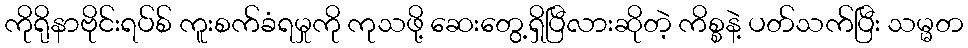
ကိုရိုနာဗိုင်းရပ်စ် ကူးစက်ခံရမှုကို ကုသဖို့ ဆေးတွေ့ရှိပြီလားဆိုတဲ့ ကိစ္စနဲ့ ပတ်သက်ပြီး သမ္မတ